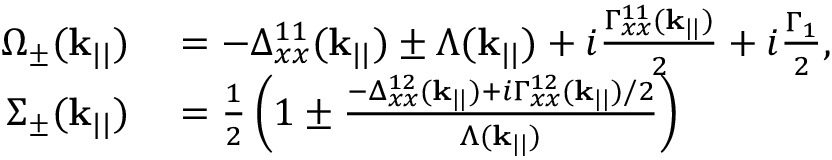
\begin{array} { r l } { \Omega _ { \pm } ( \mathbf { k } _ { | | } ) } & { { } = - \Delta _ { x x } ^ { 1 1 } ( \mathbf { k } _ { | | } ) \pm \Lambda ( \mathbf { k } _ { | | } ) + i \frac { \Gamma _ { x x } ^ { 1 1 } ( \mathbf { k } _ { | | } ) } { 2 } + i \frac { \Gamma _ { 1 } } { 2 } , } \\ { \Sigma _ { \pm } ( \mathbf { k } _ { | | } ) } & { { } = \frac { 1 } { 2 } \left( 1 \pm \frac { - \Delta _ { x x } ^ { 1 2 } ( \mathbf { k } _ { | | } ) + i \Gamma _ { x x } ^ { 1 2 } ( \mathbf { k } _ { | | } ) / 2 } { \Lambda ( \mathbf { k } _ { | | } ) } \right) } \end{array}